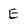
Character: E